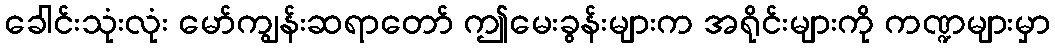
ခေါင်းသုံးလုံး မော်ကျွန်းဆရာတော် ဤမေးခွန်းများက အရိုင်းများကို ကဏ္ဍများမှာ